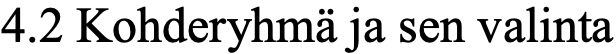
4.2 Kohderyhmä ja sen valinta